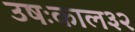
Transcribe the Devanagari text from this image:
उषःकाल३२